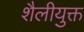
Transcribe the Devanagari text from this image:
शैलीयुक्त